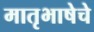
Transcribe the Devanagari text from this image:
मातृभाषेचे